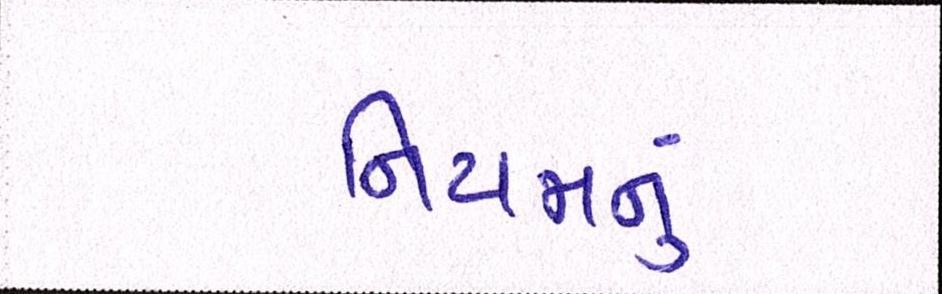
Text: નિયમનું